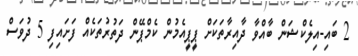
2 ބައި-އިލެކްޝަން ބާއްވާ ދާއިރާތަކަށް ޕީޕީއެމުން ކެމްޕޭން ދަތުރުތަކެއް ފަށައިފި 5 ދުވަސް